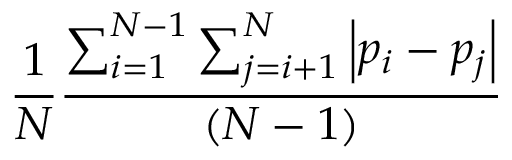
\frac { 1 } { N } \frac { \sum _ { i = 1 } ^ { N - 1 } \sum _ { j = i + 1 } ^ { N } \left| p _ { i } - p _ { j } \right| } { ( N - 1 ) }